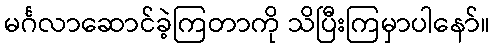
မင်္ဂလာဆောင်ခဲ့ကြတာကို သိပြီးကြမှာပါနော်။